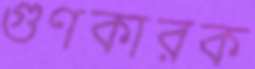
গুণকারক